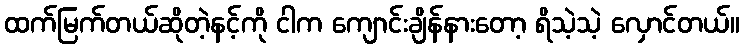
ထက်မြက်တယ်ဆိုတဲ့နင့်ကို ငါက ကျောင်းချိန်နားတော့ ရိသဲ့သဲ့ လှောင်တယ်။